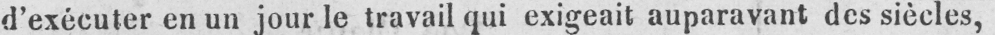
d’exécuter en un jour le travail qui exigeait auparavant des siècles,